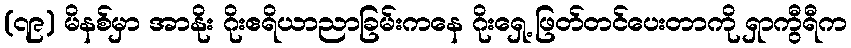
(၇၉) မိနစ်မှာ အာနိုး ဂိုးဧရိယာညာခြမ်းကနေ ဂိုးရှေ့ ဖြတ်တင်ပေးတာကို ရှာကွီရီက